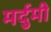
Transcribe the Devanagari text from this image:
मर्दुमी